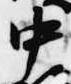
中